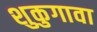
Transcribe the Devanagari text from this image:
शुकुगावा